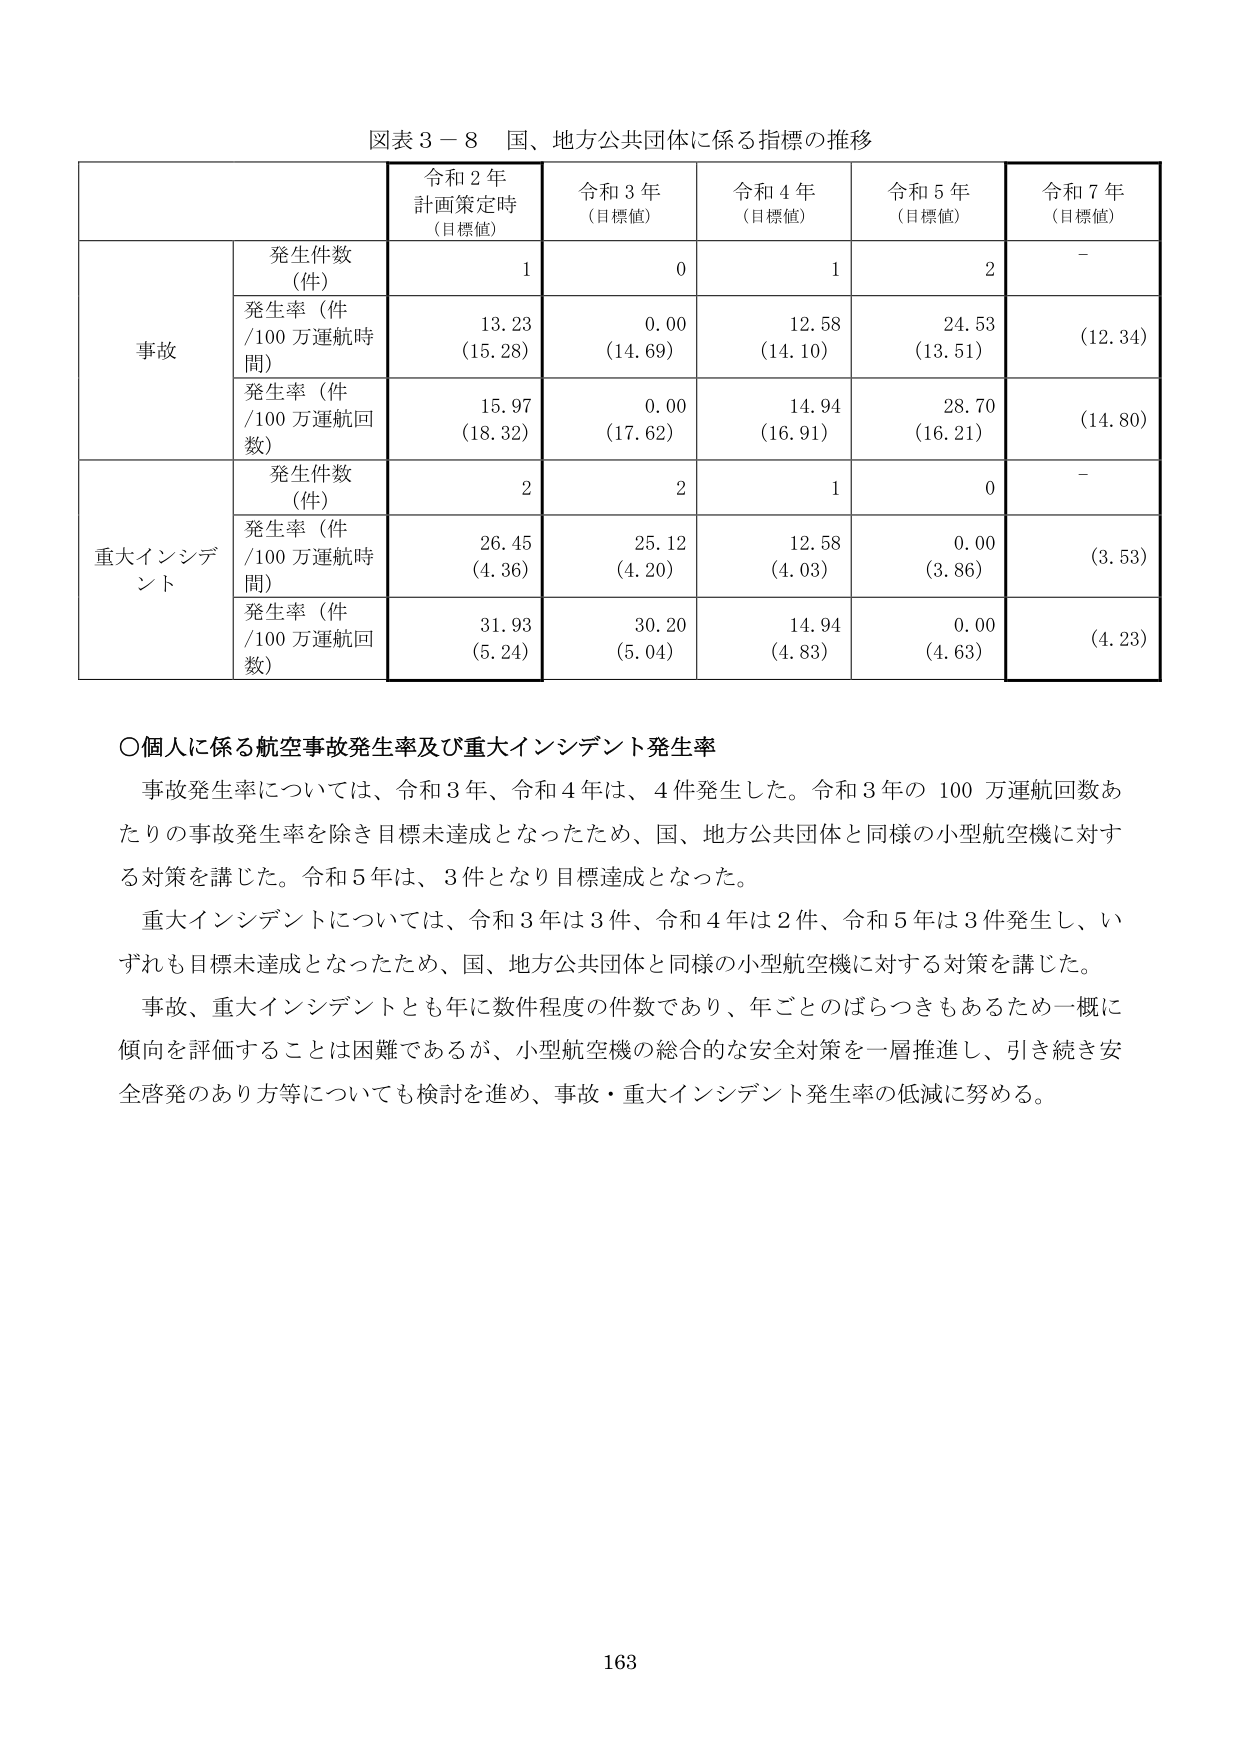
図表３－８　国、地方公共団体に係る指標の推移

令和２年
計画策定時
（目標値）
令和３年
（目標値）
令和４年
（目標値）
令和５年
（目標値）
令和７年
（目標値）

事故
発生件数（件）
1
0
1
2
－
発生率（件／100万運航時間）
13.23
（15.28）
0.00
（14.69）
12.58
（14.10）
24.53
（13.51）
（12.34）
発生率（件／100万運航回数）
15.97
（18.32）
0.00
（17.62）
14.94
（16.91）
28.70
（16.21）
（14.80）

重大インシデント
発生件数（件）
2
2
1
0
－
発生率（件／100万運航時間）
26.45
（4.36）
25.12
（4.20）
12.58
（4.03）
0.00
（3.86）
（3.53）
発生率（件／100万運航回数）
31.93
（5.24）
30.20
（5.04）
14.94
（4.83）
0.00
（4.63）
（4.23）

〇個人に係る航空事故発生率及び重大インシデント発生率

事故発生率については、令和３年、令和４年は、４件発生した。令和３年の１００万運航回数あたりの事故発生率を除き目標未達成となったため、国、地方公共団体と同様の小型航空機に対する対策を講じた。令和５年は、３件となり目標達成となった。

重大インシデントについては、令和３年は３件、令和４年は２件、令和５年は３件発生し、いずれも目標未達成となったため、国、地方公共団体と同様の小型航空機に対する対策を講じた。

事故、重大インシデントとも年に数件程度の件数であり、年ごとのばらつきもあるため一概に傾向を評価することは困難であるが、小型航空機の総合的な安全対策を一層推進し、引き続き安全啓発のあり方等についても検討を進め、事故・重大インシデント発生率の低減に努める。

163